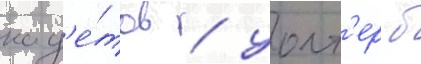
кад'е́тов / уолт'ер б